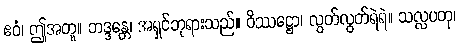
ဧဝံ၊ ဤအတူ။ ဘဒ္ဒန္တေ၊ အရှင်ဘုရားသည်။ ဝိဿဋ္ဌော၊ လွတ်လွတ်ရဲရဲ။ သလ္လပတု၊